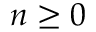
n \geq 0